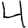
Digit: 4